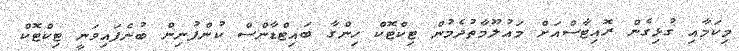
މިކަމާއި ގުޅިގެން ރޮއިޓާސްއަށް މައުލޫމާތުދެމުން ޓިކްޓޮކް ހިންގާ ބައިޓްޑާންސް ކުންފުނިން ބުނެފައިވަނީ ޓިކްޓޮކް